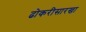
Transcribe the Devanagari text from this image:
ढोकरीसारखा